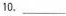
10.\underline